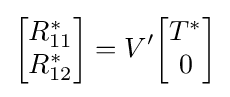
{\begin{bmatrix}R_{11}^{*}\\R_{12}^{*}\end{bmatrix}}=V'{\begin{bmatrix}T^{*}\\0\end{bmatrix}}